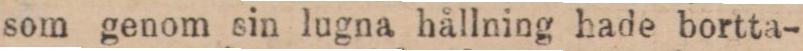
som genom sin lugna hållning hade bortta-